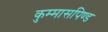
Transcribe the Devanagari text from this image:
कुम्मासपिण्ड